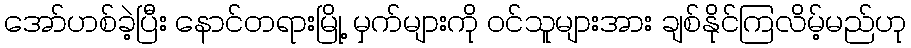
အော်ဟစ်ခဲ့ပြီး နောင်တရားမြို့ မှက်များကို ဝင်သူများအား ချစ်နိုင်ကြလိမ့်မည်ဟု